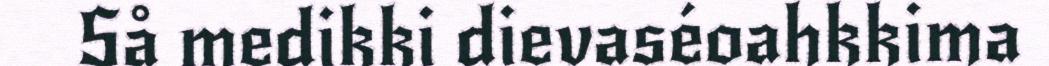
Så medikki dievaséoahkkima